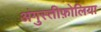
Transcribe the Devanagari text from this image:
अंगुस्तीफ़ोलिया